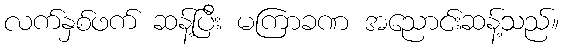
လက်နှစ်ဖက် ဆန့်ပြီး မကြာခဏ အညောင်းဆန့်သည်။